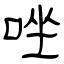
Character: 唑